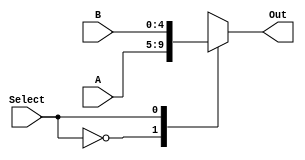
module Mux_2to1_5bit (A, B , Select, Out);
	input [4:0] A;              
   input [4:0] B;
	input  Select;
	output reg [4:0] Out;
	
parameter In_0 = 1'b0;
parameter In_1 = 1'b1;
always @(*)
begin
	case(Select)
	In_0:
			Out = A;
	In_1: 
			Out = B;
			
	endcase
end
endmodule